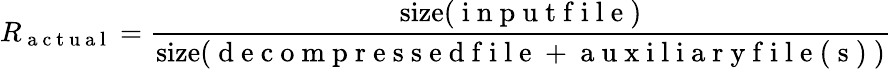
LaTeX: R_{\mathrm{~a~c~t~u~a~l~}}=\frac{\mathrm{size}(\mathrm{~i~n~p~u~t~f~i~l~e~})}{\mathrm{size}(\mathrm{~d~e~c~o~m~p~r~e~s~s~e~d~f~i~l~e~}+\mathrm{~a~u~x~i~l~i~a~r~y~f~i~l~e~(~s~)~})}